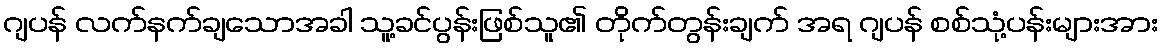
ဂျပန် လက်နက်ချသောအခါ သူ့ခင်ပွန်းဖြစ်သူ၏ တိုက်တွန်းချက် အရ ဂျပန် စစ်သုံ့ပန်းများအား